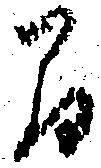
間